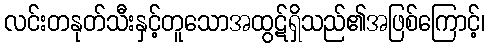
လင်းတနုတ်သီးနှင့်တူသောအထွဋ်ရှိသည်၏အဖြစ်ကြောင့်၊